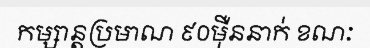
កម្សាន្តប្រមាណ ៩០ម៉ឺននាក់ ខណៈ